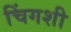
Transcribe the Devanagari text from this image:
चिंगशी